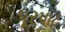
પૂરપાટ